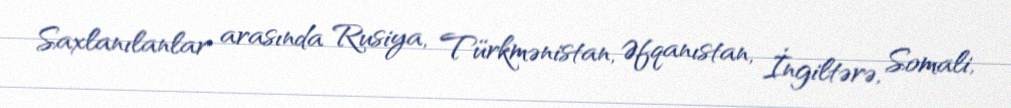
Saxlanılanlar arasında Rusiya, Türkmənistan, Əfqanıstan, İngiltərə, Somali,